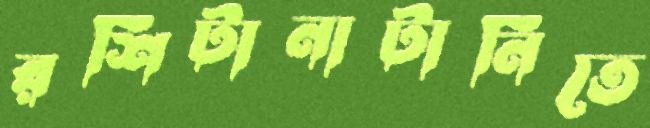
রশিটানাটানিতে